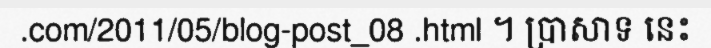
.com/2011/05/blog-post_08 .html ។ ប្រាសាទ នេះ